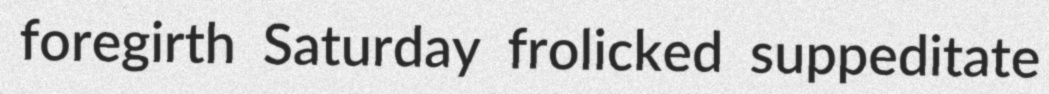
foregirth Saturday frolicked suppeditate